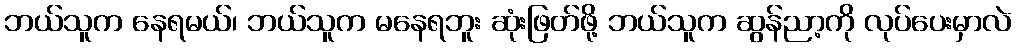
ဘယ်သူက နေရမယ်၊ ဘယ်သူက မနေရဘူး ဆုံးဖြတ်ဖို့ ဘယ်သူက ဆွန်ညာ့ကို လုပ်ပေးမှာလဲ